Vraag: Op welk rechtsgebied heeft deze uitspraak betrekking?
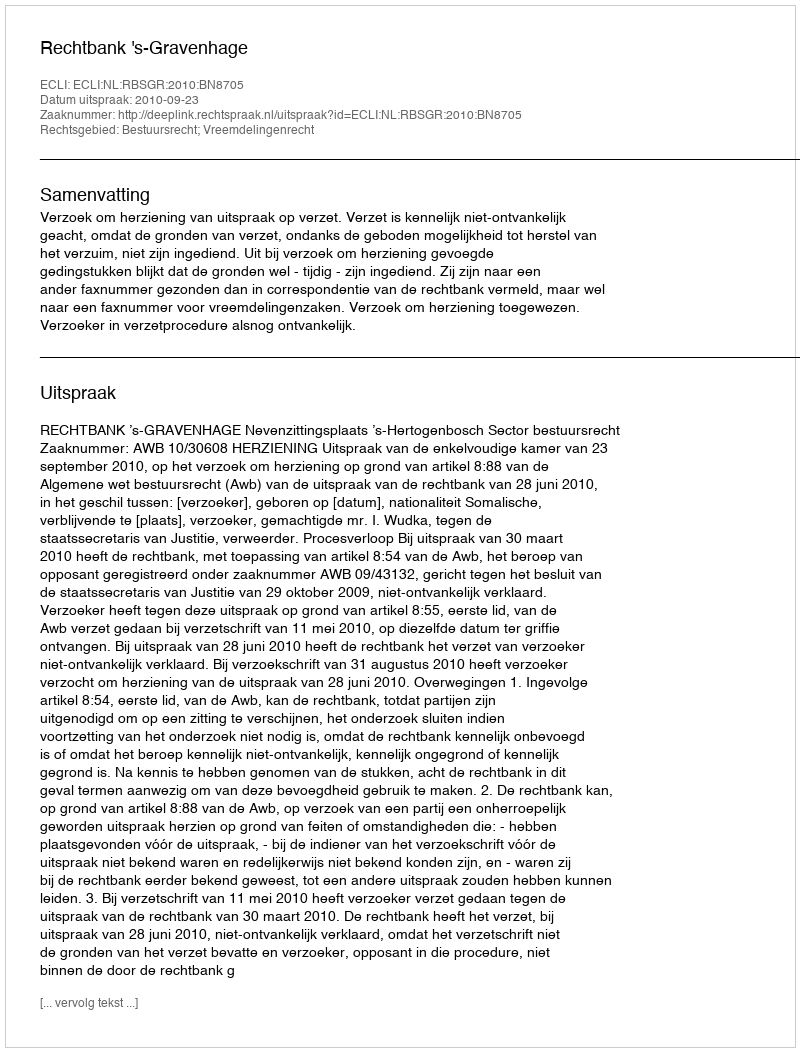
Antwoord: Bestuursrecht; Vreemdelingenrecht